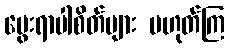
မွေးရာပါစိတ်များ မဟုတ်ကြ